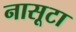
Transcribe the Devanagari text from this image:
नासूटा